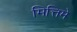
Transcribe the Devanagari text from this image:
मित्तिमे